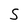
Character: 5